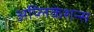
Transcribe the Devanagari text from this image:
अप्लिकेशन्स